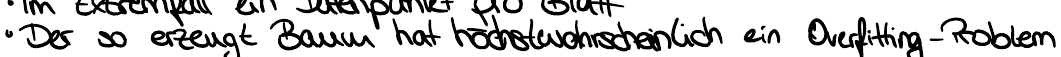
- Der so erzeugt Baum hat höchstwahrscheinliche ein Overfitting - Problem